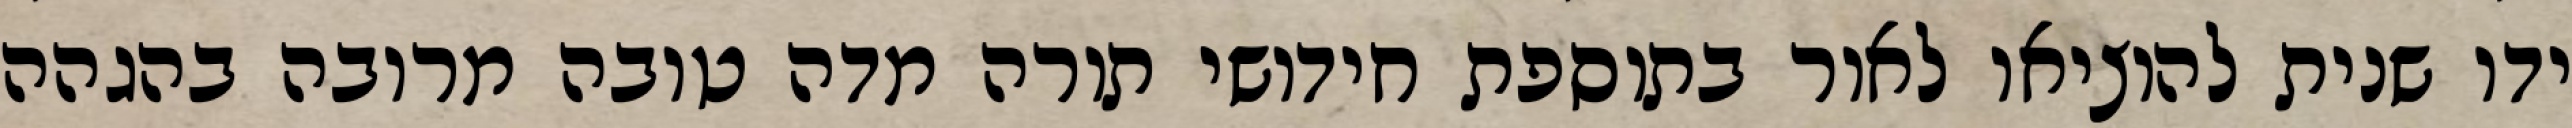
ידו שנית להוציאו לאור בתוספת חידושי תורה מדה טובה מרובה בהגהה